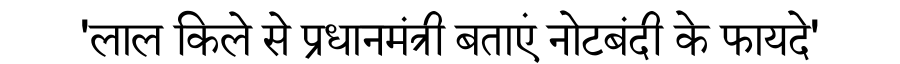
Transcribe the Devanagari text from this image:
'लाल किले से प्रधानमंत्री बताएं नोटबंदी के फायदे'